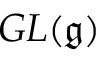
G L ( { \mathfrak { g } } )